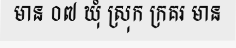
មាន ០៧ ឃុំ ស្រុក ក្រគរ មាន